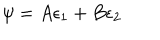
\psi = A \epsilon _ { 1 } + B \epsilon _ { 2 }